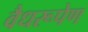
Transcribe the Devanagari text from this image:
वैधरूपेण